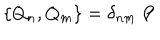
\{ Q _ { n } , Q _ { m } \} = \delta _ { n m } \not \! \! P